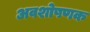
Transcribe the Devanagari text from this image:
अवशोषणक